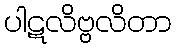
ပါဋလိဗ္ဗလိတာ